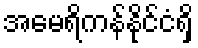
အမေရိကန်နိုင်ငံရှိ